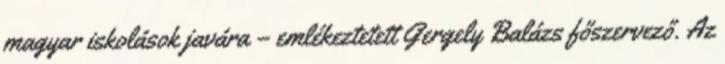
magyar iskolások javára – emlékeztetett Gergely Balázs főszervező. Az